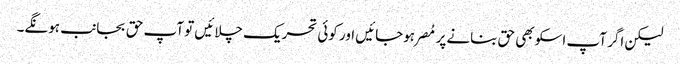
لیکن اگر آپ اسکو بھی حق بنانےپر مُصر ہوجائیں اور کوئی تحریک چلائیں تو آپ حق بجانب ہونگے۔